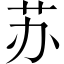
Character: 苏